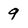
Character: 9